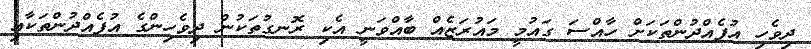
ދިވެހި އުފެއްދުންތަކަށް ހާއްސަ ގައުމީ މައުރަޒެއް ބާއްވަނީ އެކި ރޮނގުތަކުން ދިވެހިންގެ އުފެއްދުންތަކާއި